Leaving Certificate Examination (including Day School Certificate (Higher) General paper), 1927
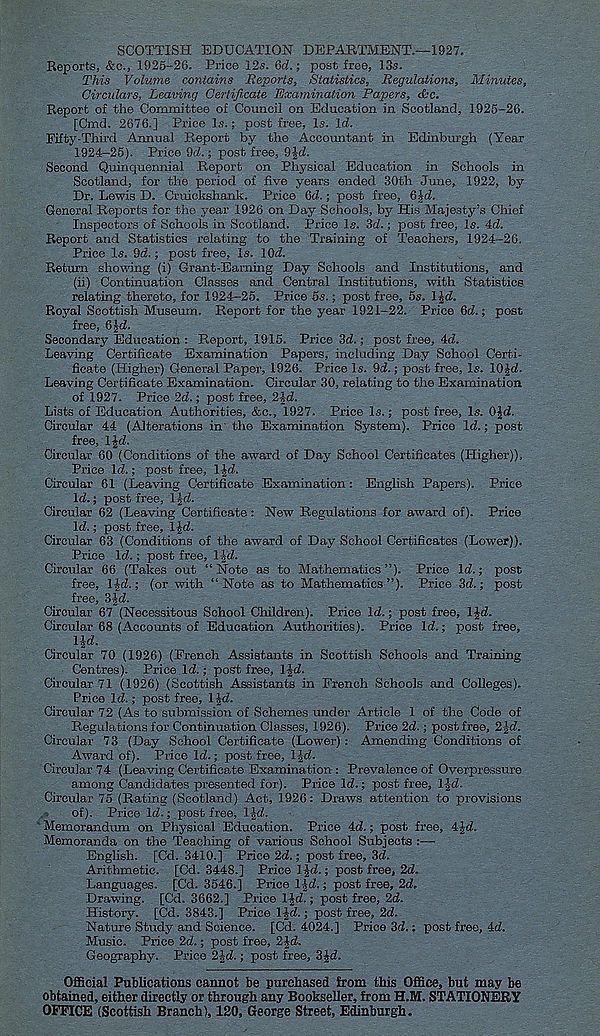
SCOTTISH EDUCATION DEPARTMENT.—1927.
Reports, &c., 1925-26. Price 12s, 6d.; post free, 13s.
This Volume contains Reports, Statistics, Regulations, Minutes,
Circulars, Leaving Certificate Examination Papers, &c.
Report of the Committee of Council on Education in Scotland, 1925-26.
[Cmd. 2676.] Price Is.; post free. Is. Id.
Fifty-Third Annual Report by the Accountant in Edinburgh (Year
1924-25). Price 9d.; post free, 9£d.
Second Quinquennial Report on Physical Education in Schools in
Scotland, for the period of five years ended 30th June, 1922, by
Dr. Lewis D. Cruiekshank. Price 6d.; post free, 6|d.
General Reports for the year 1926 on Day Schools, by His Majesty’s Chief
Inspectors of Schools in Scotland. Price Is. 3d.; post free, Is. 4d.
Report and Statistics relating to the Training of Teachers, 1924-26.
Price Is. 9d.; post free, Is. lOd.
Return showing (i) Grant-Earning Day Schools and Institutions, and
(ii) Continuation Classes and Central Institutions, with Statistics
relating thereto, for 1924-25. Price 5s.; post free, 5s. l£d.
Royal Scottish Museum. Report for the year 1921-22. Price 6d.; post
free, 6Jd.
Secondary Education : Report, 1915. Price 3d.; post free, 4d.
Leaving Certificate Examination Papers, including Day School Certi-
ficate (Higher) General Paper, 1926. Price Is. 9d.; post free, Is. 10£d.
Leaving Certificate Examination. Circular 30, relating to the Examination
of 1927. Price 2d.; post free, 2ld.
Lists of Education Authorities, &c., 1927. Price Is.; post free, Is. OJd.
Circular 44 (Alterations in' the Examination System). Price Id.; post
free, IJd.
Circular 60 (Conditions of the award of Day School Certificates (Pligher)).
Price Id.; post free, l|d.
Circular 61 (Leaving Certificate Examination: English Papers). Price
Id.; post free, l|d.
Circular 62 (Leaving Certificate : New Regulations for award of). Price
Id.; post free, l|d.
Circular 63 (Conditions of the award of Day School Certificates (Lower)).
Price Id.; post free, I Jd.
Circular 66 (Takes out “Note as to Mathematics”). Price Id.; post
free, IJd.; (or with “Note as to Mathematics”). Price 3d.; post
free, 3^d.
Circular 67 (Necessitous School Children). Price Id.; post free, l|d.
Circular 68 (Accounts of Education Authorities). Price Id.; post free,
lid.
Circular 70 (1926) (French Assistants in Scottish Schools and Training
Centres). Price Id.; post free, lid.
Circular 71 (1926) (Scottish Assistants in French Schools and Colleges).
Price Id.; post free, lid.
Circular 72 (As to submission of Schemes under Article 1 of the Code of
Regulations for Continuation Classes, 1926). Price 2d.; post free, 2id.
Circular 73 (Day School Certificate (Lower) : Amending Conditions of
Award of). Price Id.; post free, lid.
Circular 74 (Leaving Certificate Examination : Prevalence of Overpressure
among Candidates presented for). Price Id.; post free, lid.
Circular 75 (Rating (Scotland) Act, 1926: Draws attention to provisions
of). Price Id.; post free, lid.
Memorandum on Physical Education. Price 4d.; post free, 4-id.
Memoranda on the Teaching of various School Subjects :—
English. [Cd. 3410.] Price 2d.; post free, 3d.
Arithmetic. [Cd. 3448.] Price lid.; post free, 2d.
Languages. [Cd. 3546.] Price lid.; post free, 2d,
Drawing. [Cd. 3662.] Price lid.; post free, 2d.
History. [Cd. 3843.] Price li-d.; post free, 2d.
Nature Study and Science. [Cd. 4024.] Price 3d.; post free, 4d.
Music. Price 2d.; post free, 2id.
Geography. Price 2i-d.; post free, 3id.
Official Publications cannot be purchased from this Office, but may be
obtained, either directly or through any Bookseller, from H.M. STATIONERY
OFFICE (Scottish Branch), 120, George Street, Edinburgh.